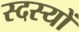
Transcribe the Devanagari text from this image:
स्दस्यों